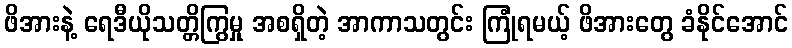
ဖိအားနဲ့ ရေဒီယိုသတ္တိကြွမှု အစရှိတဲ့ အာကာသတွင်း ကြုံရမယ့် ဖိအားတွေ ခံနိုင်အောင်